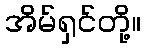
အိမ်ရှင်တို့။